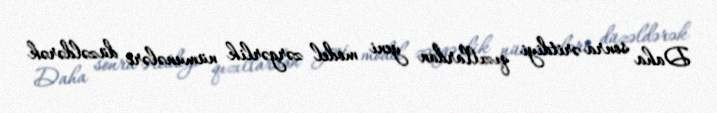
Daha sonra əritdiyi qızıllardan yeni model zərgərlik nümunələri düzəldərək